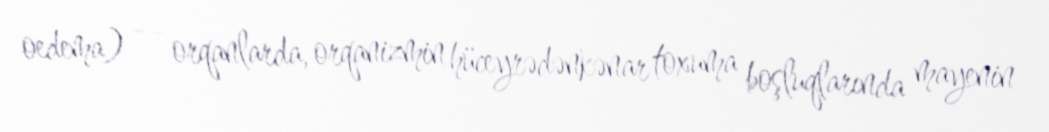
oedema) — orqanlarda, orqanizmin hüceyrədənkənar toxuma boşluqlarında mayenin